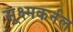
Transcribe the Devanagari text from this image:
सूक्ष्मकर्नल